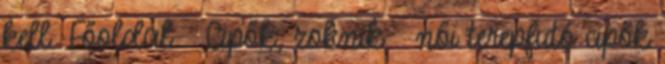
kell. Főoldal Cipők, zoknik női terepfutó cipők